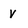
Character: V